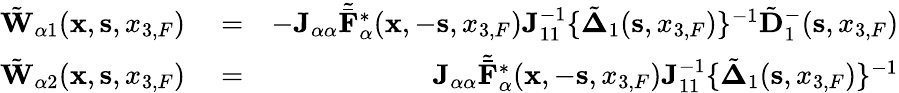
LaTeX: \begin{array}{rlr}{\tilde{\mathbf W}_{\alpha 1}({{\mathbf x}},{{\mathbf s}},{x_{3,F}})}&{{}=}&{-{\mathbf J}_{\alpha\alpha}{\tilde{\bar{\mathbf F}}}_{\alpha}^{*}({{\mathbf x}},-{{\mathbf s}},{x_{3,F}}){\mathbf J}_{11}^{-1}\{ \tilde{\mathbf\Delta}_{1}({\mathbf s},x_{3,F})\} ^{-1}\tilde{\mathbf D}_{1}^{-}({\mathbf s},x_{3,F})}\\ {\tilde{\mathbf W}_{\alpha 2}({{\mathbf x}},{{\mathbf s}},{x_{3,F}})}&{{}=}&{{\mathbf J}_{\alpha\alpha}{\tilde{\bar{\mathbf F}}}_{\alpha}^{*}({{\mathbf x}},-{{\mathbf s}},{x_{3,F}}){\mathbf J}_{11}^{-1}\{ \tilde{\mathbf\Delta}_{1}({\mathbf s},x_{3,F})\} ^{-1}}\end{array}